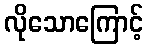
လိုသောကြောင့်